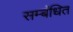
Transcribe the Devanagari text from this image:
सम्‍बंधित